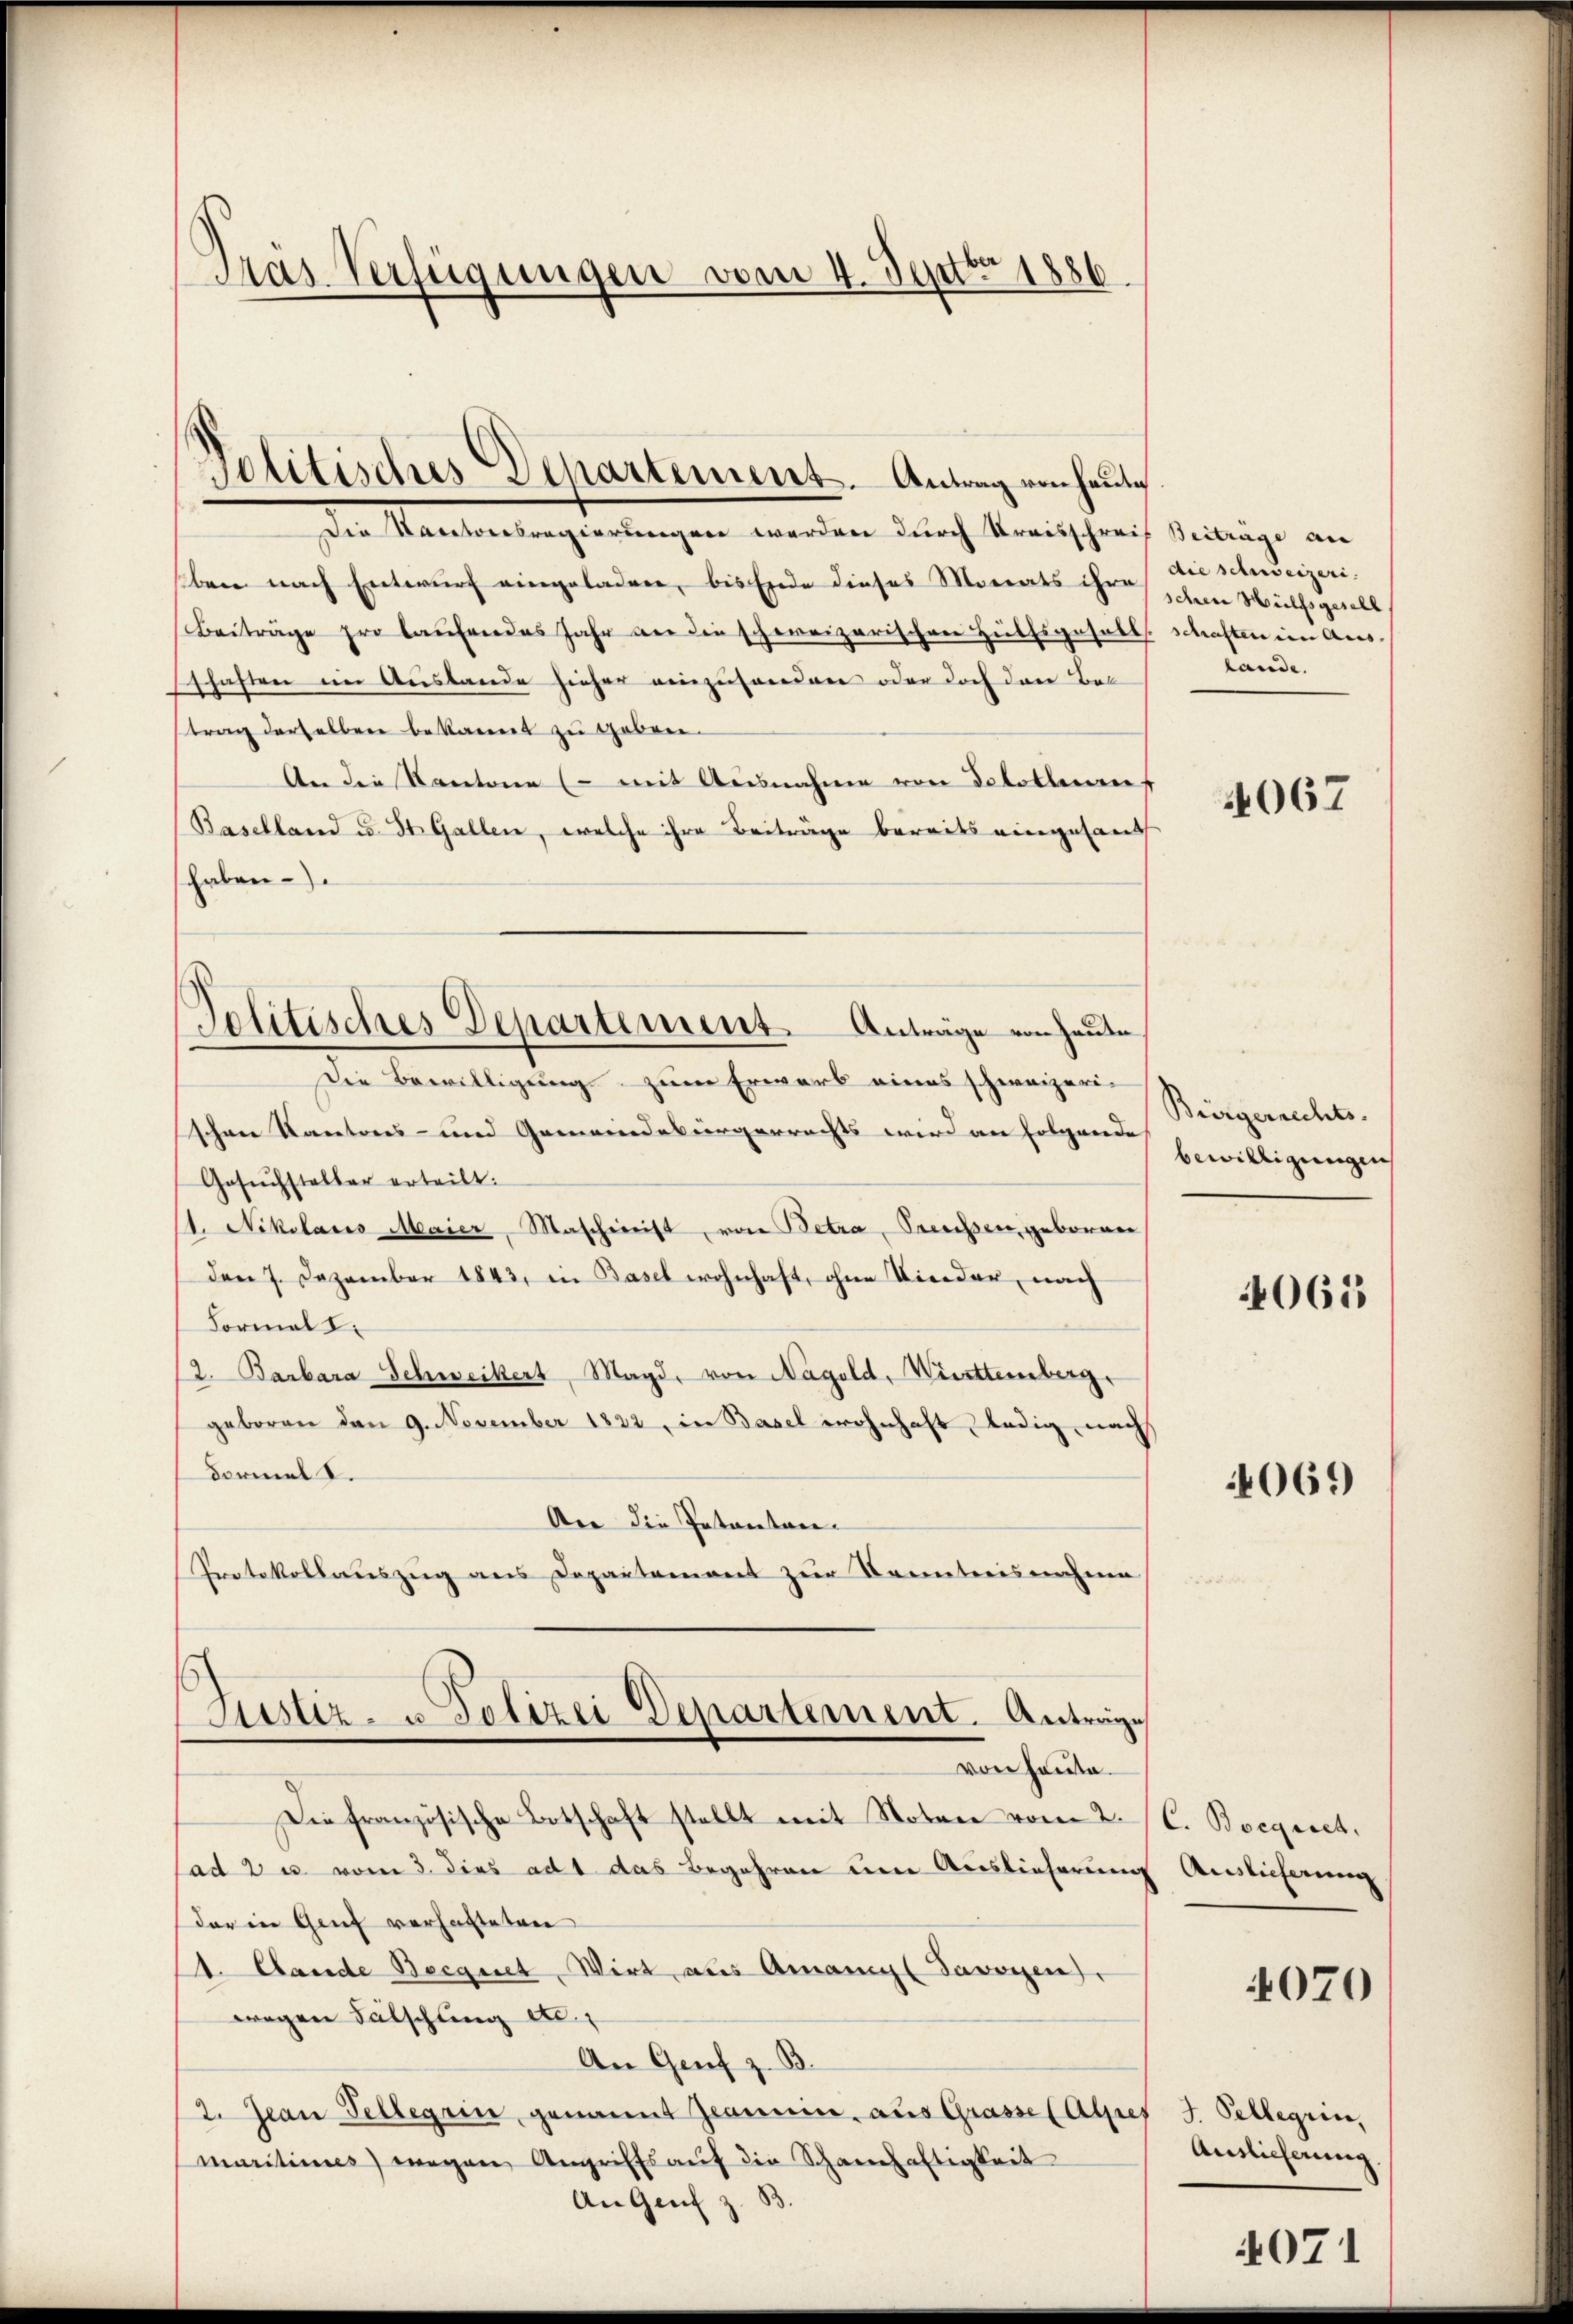
Gras Verfügungen vom 4. Septbr. 1886

Politisches Departement. Antrag von heute

Die Kantonsregierungen werden durch Kraisschreif Beiträge an
ben nach Entwurf eingeladen, bis Ende dieses Morats ihre schen Wülfsgesell
Beiträge pro laŭfendes Jahr an die schweizerischen Hülfsgesell
schaften ein Auslande hieher einzuhanden oder doch den Bei
trag derselben bekannt zu geben¬
An die Kantone (mit Ausnahme von Solothurns
Baselland u. St. Gallen, welche ihre Beiträge bereits eingesand
Erben
Die Bewilligung zum Erwarb eines schweizerischnee Kantones- und Gemeindebürgerrechts wird an folgende
Gesuchsteller erteilt.
1. Nikolaris Maier, Maschinist, von Betra, Preussen, geboren
den 7. Dezember 1843, in Basel wohnhaft, ohne Kinder, nach
Formal S.
2. Barbara Schweikert, Magd, von Nagold, Württemberg.
geboren den 9. November 1822, in Basel wohnhaft ledig nach
Formel I.
Aer die Intentan-
Protokollauszug aus Departement zur Kenntnisnahme

Jolitisches Departement. Anträge von Heute

Justiz- u. Polizei Departement. Antrage
von heute

Die französische Botschaft stellt mit Noten vom 2. C. Boegiret.
ad 2 u. vom 3. dies ad 1 das Begehren eine Auslieferung Auslieferung
dar in Genf vorhatteten
1. Lande Beegnet, Wirt, aus Amanig Savoyen
wegen Fälschung etc.
An Genf z. B.
2. Jean Pellegen genannt gemein, aus Grasse (Alpes J. Pellegen,
maritimes) wegen Angriffs aŭf die Schanhaftigkeit
An Genf z. B.

die schweizeri
schaften ein Auss- |
lande.

4067

Bürgerrechts.
bewilligungen

4065

069

4070

Auslieferung

071